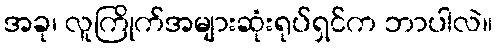
အခု၊ လူကြိုက်အများဆုံးရုပ်ရှင်က ဘာပါလဲ။